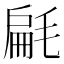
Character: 㲢